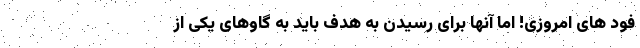
فود های امروزی! اما آنها برای رسیدن به هدف باید به گاوهای یکی از